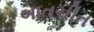
બાતચીત